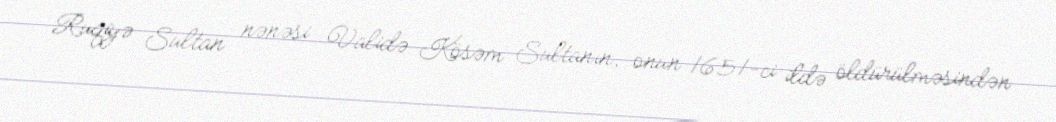
Ruqiyə Sultan nənəsi Validə Kösəm Sultanın, onun 1651-ci ildə öldürülməsindən